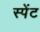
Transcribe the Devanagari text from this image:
स्पेंट